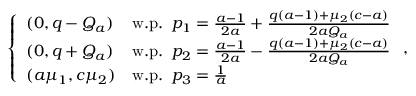
\left\{ \begin{array} { l l } { ( 0 , q - Q _ { a } ) } & { \mathrm { w . p . ~ } \, p _ { 1 } = \frac { a - 1 } { 2 a } + \frac { q ( a - 1 ) + \mu _ { 2 } ( c - a ) } { 2 a Q _ { a } } } \\ { ( 0 , q + Q _ { a } ) } & { \mathrm { w . p . ~ } \, p _ { 2 } = \frac { a - 1 } { 2 a } - \frac { q ( a - 1 ) + \mu _ { 2 } ( c - a ) } { 2 a Q _ { a } } } \\ { ( a \mu _ { 1 } , c \mu _ { 2 } ) } & { \mathrm { w . p . ~ } \, p _ { 3 } = \frac { 1 } { a } } \end{array} \right. ,